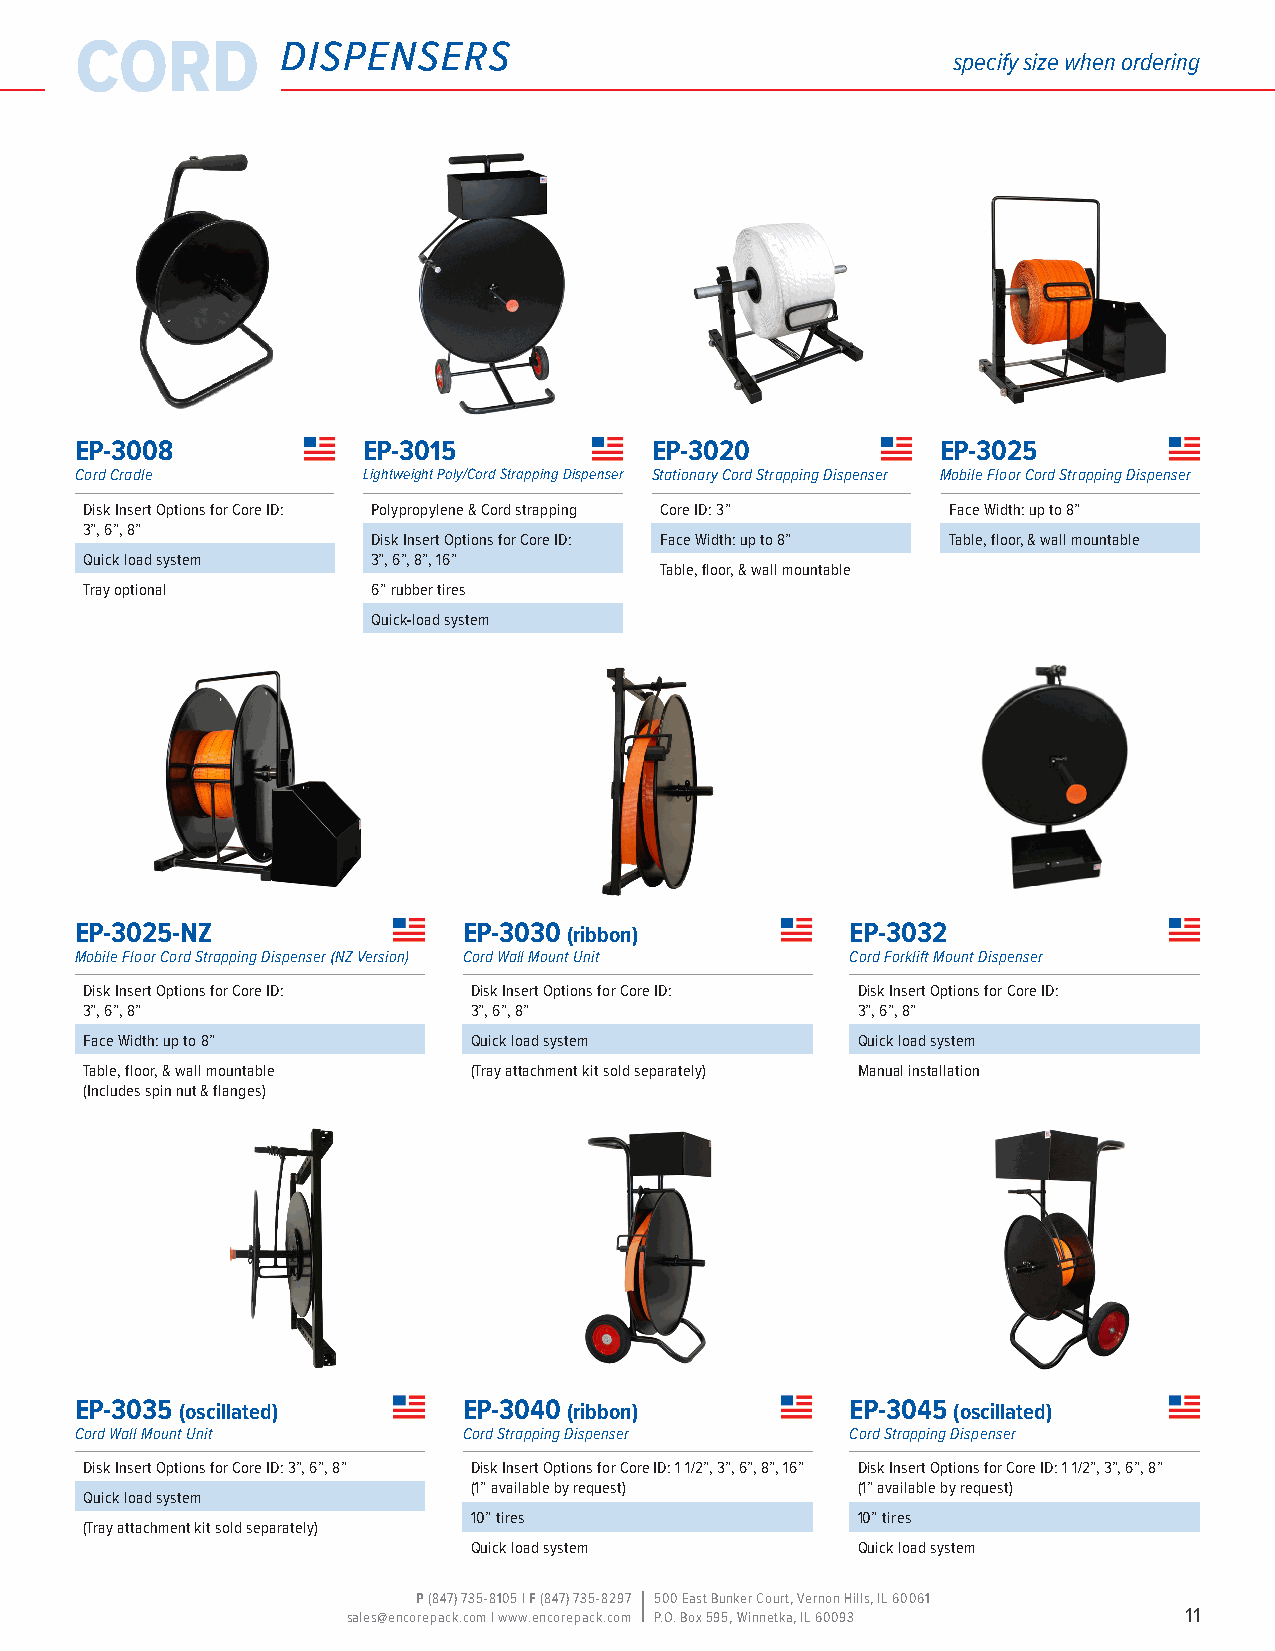
cord          dispensers
 specify size when ordering
 EP-3008            EP-3015            EP-3020            EP-3025
 Cord Cradle        Lightweight Poly/Cord Strapping Dispenser Stationary Cord Strapping Dispenser Mobile Floor Cord Strapping Dispenser
 Disk Insert Options for Core ID: Polypropylene & Cord strapping Core ID: 3” Face Width: up to 8”
 3”, 6”, 8”
 Disk Insert Options for Core ID: Face Width: up to 8” Table, floor, & wall mountable
 Quick load system  3”, 6”, 8”, 16”
 Table, floor, & wall mountable
 Tray optional      6” rubber tires
 Quick-load system
 EP-3025-NZ                EP-3030 (ribbon)         EP-3032
 Mobile Floor Cord Strapping Dispenser (NZ Version) Cord Wall Mount Unit Cord Forklift Mount Dispenser
 Disk Insert Options for Core ID: Disk Insert Options for Core ID: Disk Insert Options for Core ID:
 3”, 6”, 8”               3”, 6”, 8”                3”, 6”, 8”
 Face Width: up to 8”     Quick load system         Quick load system
 Table, floor, & wall mountable (Tray attachment kit sold separately) Manual installation
 (Includes spin nut & flanges)
 EP-3035 (oscillated)      EP-3040 (ribbon)         EP-3045 (oscillated)
 Cord Wall Mount Unit      Cord Strapping Dispenser Cord Strapping Dispenser
 Disk Insert Options for Core ID: 3”, 6”, 8” Disk Insert Options for Core ID: 1 1/2”, 3”, 6”, 8”, 16” Disk Insert Options for Core ID: 1 1/2”, 3”, 6”, 8”
 (1” available by request) (1” available by request)
 Quick load system
 10” tires                 10” tires
 (Tray attachment kit sold separately)
 Quick load system         Quick load system
 P (847) 735-8105 | F (847) 735-8297 500 East Bunker Court, Vernon Hills, IL 60061
 sales@encorepack.com | www.encorepack.com P.O. Box 595, Winnetka, IL 60093 11